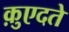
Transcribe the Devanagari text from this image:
क़ुएदते